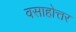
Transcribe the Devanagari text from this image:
वसाहोत्तर